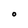
Character: O